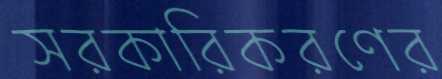
সরকারিকরণের